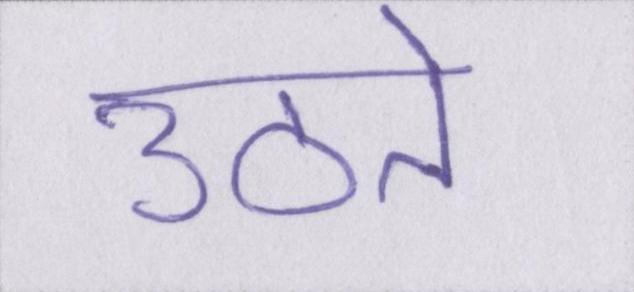
उठते